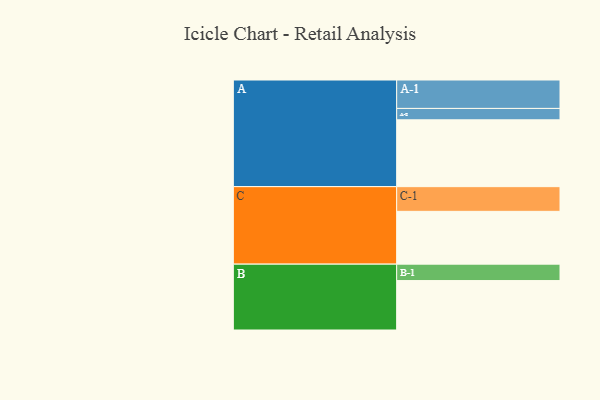
{"axis": {"x": "Segment", "y": "Value"}, "legend": ["", "A", "B", "C"], "data": [{"x": "A", "y": 557, "type": ""}, {"x": "B", "y": 412, "type": ""}, {"x": "C", "y": 440, "type": ""}, {"x": "A-1", "y": 237, "type": "A"}, {"x": "A-2", "y": 95, "type": "A"}, {"x": "B-1", "y": 137, "type": "B"}, {"x": "C-1", "y": 206, "type": "C"}]}